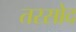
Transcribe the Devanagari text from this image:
तरसोद